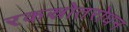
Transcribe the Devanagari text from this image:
रकस्रोतरोधन